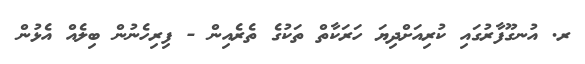
ރ. އުނގޫފާރުގައި ކުރިއަށްދިޔަ ހަރަކާތް ތަކުގެ ތެެރެއިން - ފިރިހެނުން ބިލެއް އެޅުން